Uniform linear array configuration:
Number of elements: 16
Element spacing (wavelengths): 0.75
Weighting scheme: blackman
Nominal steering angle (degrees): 45
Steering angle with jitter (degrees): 43.682
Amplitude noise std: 0.05
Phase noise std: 0.05

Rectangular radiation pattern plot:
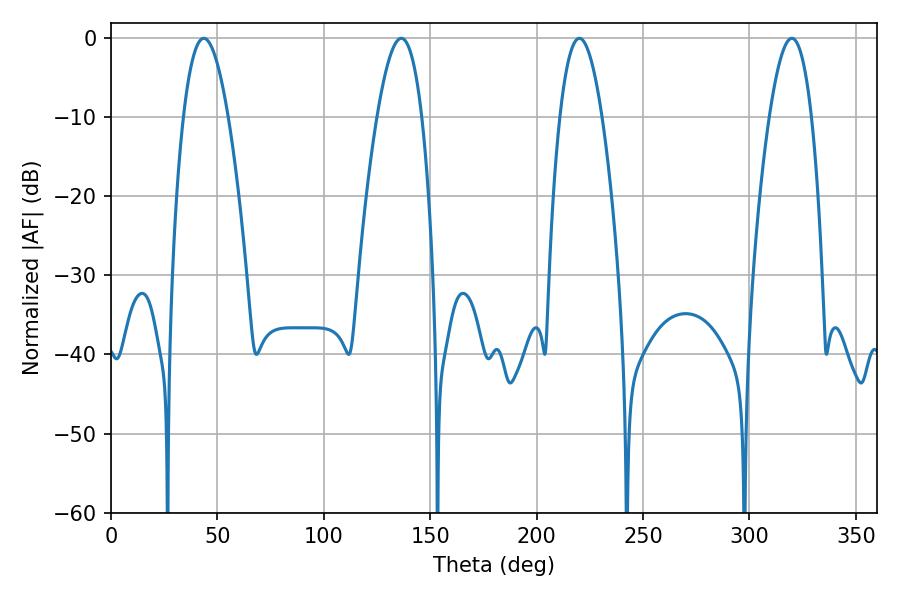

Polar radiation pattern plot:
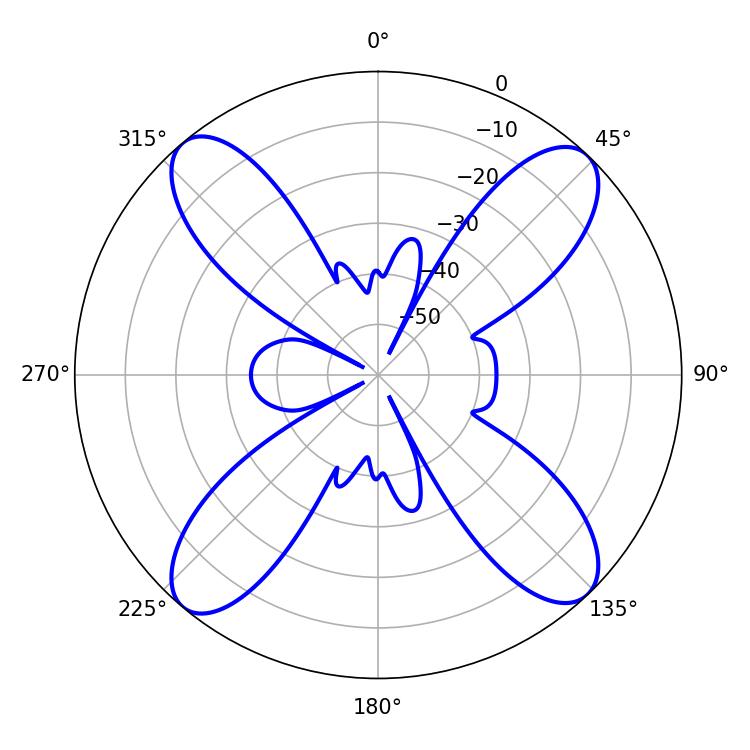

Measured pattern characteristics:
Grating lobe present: TRUE
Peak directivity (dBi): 17.434
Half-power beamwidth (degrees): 11.52
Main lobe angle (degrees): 43.56